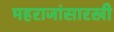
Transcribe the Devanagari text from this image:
महराजांसारखी